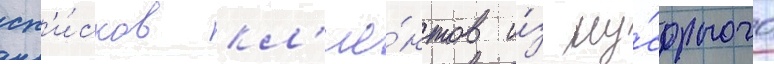
сп'и́сков кл'ие́нтов и́з му́сорного